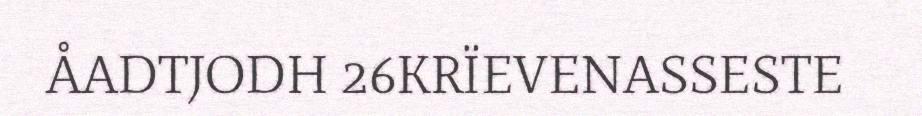
ÅADTJODH 26KRÏEVENASSESTE